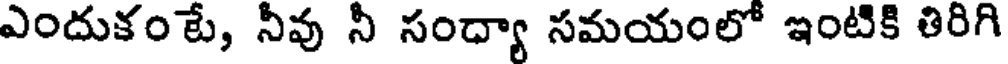
ఎందుకంటే, నీవు నీ సంద్యా సమయంలో ఇంటికి తిరిగి